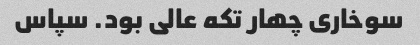
سوخاری چهار تکه عالی بود. سپاس